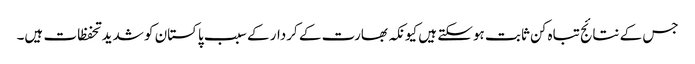
جس کے نتائج تباہ کن ثابت ہوسکتے ہیں کیونکہ بھارت کے کردار کے سبب پاکستان کو شدید تحفظات ہیں۔